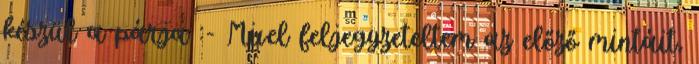
készül a párja :- Mivel feljegyzeteltem az előző mintáit,